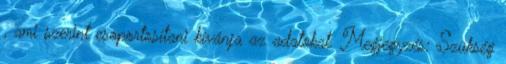
, ami szerint csoportosítani kívánja az adatokat. Megjegyzés: Szükség